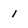
Character: 1